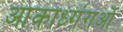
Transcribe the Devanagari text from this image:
आकाध्गंगओं